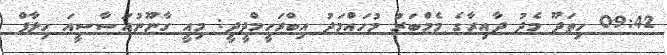
09:42 ހިތަދޫ މެދު ދާއިރާގެ މެމްބަރު މުހައްމަދު އިބްރަހީމްދީދީ: މިއީ ގާނޫނުއަސާސީއަ ހިލާފް